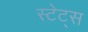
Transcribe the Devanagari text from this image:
स्टेट्‍स